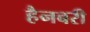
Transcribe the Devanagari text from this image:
हैनबरी